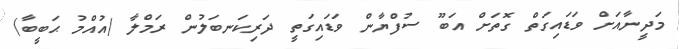
މަދީނާއަށް ވަޑައިގަތް ގޮތަށް އަބޫ ސުފްޔާން ވަޑައިގަތީ ދަރިކަނބަލުން ރަމްލާ (އުއްމު ޙަބީބާ)